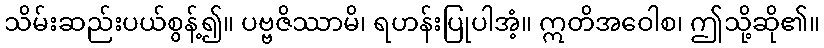
သိမ်းဆည်းပယ်စွန့်၍။ ပဗ္ဗဇိဿာမိ၊ ရဟန်းပြုပါအံ့။ ဣတိအဝေါစ၊ ဤသို့ဆို၏။